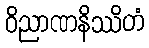
ဝိညာဏနိဿိတံ